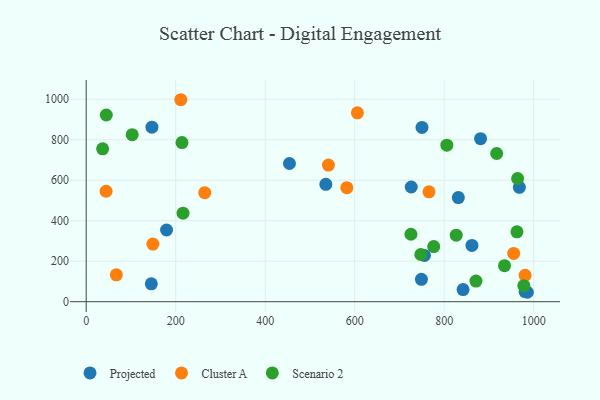
{"axis": {"x": "Investment", "y": "Rating"}, "legend": ["Cluster A", "Projected", "Scenario 2"], "data": [{"x": "755.9", "y": 228.7, "type": "Projected"}, {"x": "980.8", "y": 50.2, "type": "Projected"}, {"x": "968.0", "y": 564.7, "type": "Projected"}, {"x": "842.2", "y": 59.8, "type": "Projected"}, {"x": "726.4", "y": 566.6, "type": "Projected"}, {"x": "179.6", "y": 354.1, "type": "Projected"}, {"x": "146.9", "y": 861.8, "type": "Projected"}, {"x": "750.4", "y": 861.0, "type": "Projected"}, {"x": "985.9", "y": 46.5, "type": "Projected"}, {"x": "535.5", "y": 579.9, "type": "Projected"}, {"x": "145.5", "y": 88.4, "type": "Projected"}, {"x": "831.6", "y": 514.3, "type": "Projected"}, {"x": "749.1", "y": 110.6, "type": "Projected"}, {"x": "454.2", "y": 682.6, "type": "Projected"}, {"x": "862.0", "y": 278.1, "type": "Projected"}, {"x": "881.3", "y": 805.0, "type": "Projected"}, {"x": "67.3", "y": 132.6, "type": "Cluster A"}, {"x": "149.0", "y": 284.8, "type": "Cluster A"}, {"x": "44.4", "y": 545.4, "type": "Cluster A"}, {"x": "541.3", "y": 674.9, "type": "Cluster A"}, {"x": "264.9", "y": 538.5, "type": "Cluster A"}, {"x": "211.4", "y": 997.6, "type": "Cluster A"}, {"x": "766.0", "y": 542.7, "type": "Cluster A"}, {"x": "980.8", "y": 130.1, "type": "Cluster A"}, {"x": "606.0", "y": 932.9, "type": "Cluster A"}, {"x": "582.4", "y": 563.1, "type": "Cluster A"}, {"x": "955.3", "y": 238.5, "type": "Cluster A"}, {"x": "978.0", "y": 78.9, "type": "Scenario 2"}, {"x": "962.6", "y": 344.9, "type": "Scenario 2"}, {"x": "216.4", "y": 437.1, "type": "Scenario 2"}, {"x": "36.7", "y": 755.2, "type": "Scenario 2"}, {"x": "826.9", "y": 328.4, "type": "Scenario 2"}, {"x": "871.0", "y": 101.9, "type": "Scenario 2"}, {"x": "747.7", "y": 233.0, "type": "Scenario 2"}, {"x": "805.9", "y": 773.0, "type": "Scenario 2"}, {"x": "776.6", "y": 272.1, "type": "Scenario 2"}, {"x": "725.7", "y": 333.0, "type": "Scenario 2"}, {"x": "44.9", "y": 922.1, "type": "Scenario 2"}, {"x": "214.0", "y": 786.1, "type": "Scenario 2"}, {"x": "934.8", "y": 177.9, "type": "Scenario 2"}, {"x": "917.3", "y": 731.9, "type": "Scenario 2"}, {"x": "964.1", "y": 608.5, "type": "Scenario 2"}, {"x": "102.8", "y": 824.8, "type": "Scenario 2"}]}